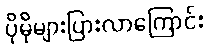
ပိုမိုများပြားလာကြောင်း